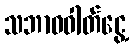
သဘာဝဓါတ်ငွေ့